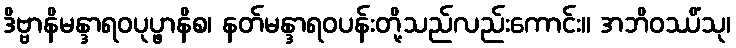
ဒိဗ္ဗာနိမန္ဒာရဝပုပ္ဖာနိစ၊ နတ်မန္ဒာရဝပန်းတို့သည်လည်းကောင်း။ အဘိဝဿိံသု၊